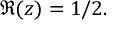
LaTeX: \, \Re ( z ) = 1 / 2 .